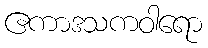
ဧကာဒသကဝါရော